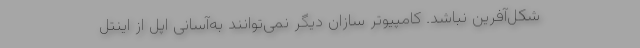
شکل‌آفرین نباشد. کامپیوتر سازان دیگر نمی‌توانند به‌آسانی اپل از اینتل